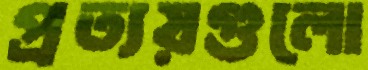
প্রত্যয়গুলো